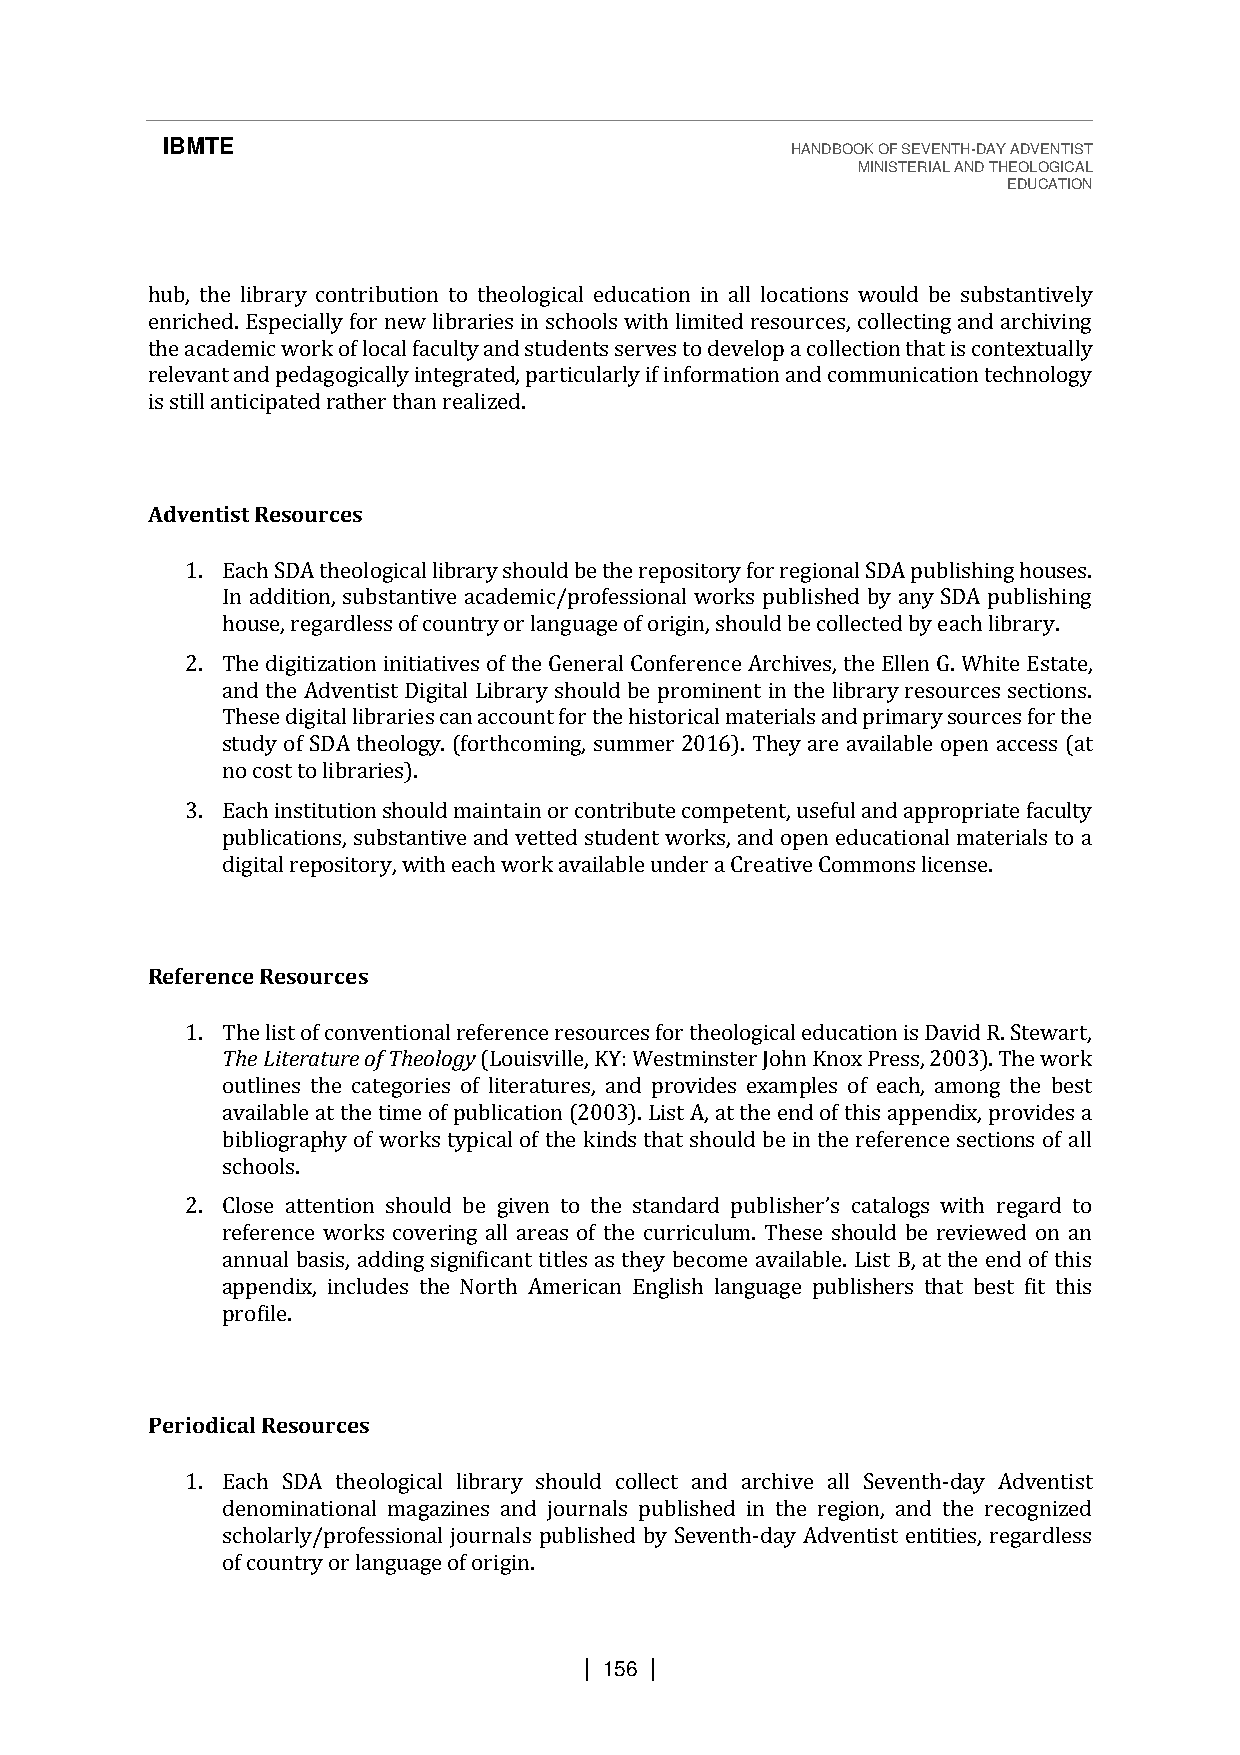
IBMTE                                    HANDBOOK OF SEVENTH-DAY ADVENTIST
 MINISTERIAL AND THEOLOGICAL
 EDUCATION
 hub, the library contribution to theological education in all locations would be substantively
 enriched. Especially for new libraries in schools with limited resources, collecting and archiving
 the academic work of local faculty and students serves to develop a collection that is contextually
 relevant and pedagogically integrated, particularly if information and communication technology
 is still anticipated rather than realized.
 Adventist Resources
 1. Each SDA theological library should be the repository for regional SDA publishing houses.
 In addition, substantive academic/professional works published by any SDA publishing
 house, regardless of country or language of origin, should be collected by each library.
 2. The digitization initiatives of the General Conference Archives, the Ellen G. White Estate,
 and the Adventist Digital Library should be prominent in the library resources sections.
 These digital libraries can account for the historical materials and primary sources for the
 study of SDA theology. (forthcoming, summer 2016). They are available open access (at
 no cost to libraries).
 3. Each institution should maintain or contribute competent, useful and appropriate faculty
 publications, substantive and vetted student works, and open educational materials to a
 digital repository, with each work available under a Creative Commons license.
 Reference Resources
 1. The list of conventional reference resources for theological education is David R. Stewart,
 The Literature of Theology (Louisville, KY: Westminster John Knox Press, 2003). The work
 outlines the categories of literatures, and provides examples of each, among the best
 available at the time of publication (2003). List A, at the end of this appendix, provides a
 bibliography of works typical of the kinds that should be in the reference sections of all
 schools.
 2.
 reference works covering all areas of the curriculum. These should be reviewed on an
 Canlonsuea la bttaesnisti,o and dsihnogu sldig nbiefi cgainvte nti ttleos tahse t hsetayn bdeacrodm peu abvliasihlaebrl’se . cLaitsat lBog, sa tw thiteh ernedg aorf dt htios
 appendix, includes the North American English language publishers that best fit this
 profile.
 Periodical Resources
 1. Each SDA theological library should collect and archive all Seventh-day Adventist
 denominational magazines and journals published in the region, and the recognized
 scholarly/professional journals published by Seventh-day Adventist entities, regardless
 of country or language of origin.
 | 156 |